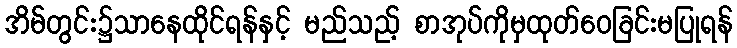
အိမ်တွင်း၌သာနေထိုင်ရန်နှင့် မည်သည့် စာအုပ်ကိုမှထုတ်ဝေခြင်းမပြုရန်